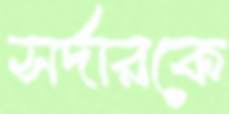
সর্দারকে